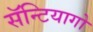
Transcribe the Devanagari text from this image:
सॅन्टियागो